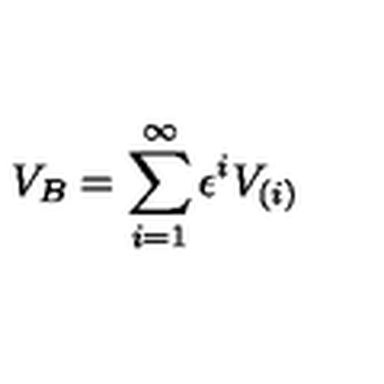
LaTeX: V _ { B } = \sum _ { i = 1 } ^ { \infty } \epsilon ^ { i } V _ { ( i ) }